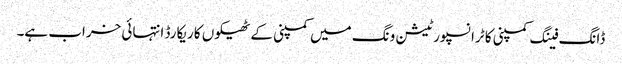
ڈانگ فینگ کمپنی کا ٹرانسپورٹیشن ونگ میں کمپنی کے ٹھیکوں کا ریکارڈ انتہائی خراب ہے۔